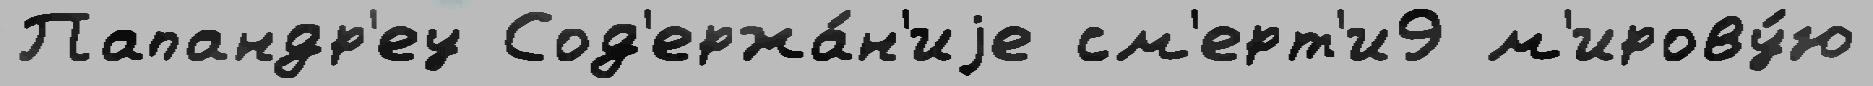
Папандр'еу Сод'ержа́н'иjе см'ерт'и9 м'ирову́ю